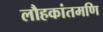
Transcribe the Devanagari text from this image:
लौहकांतमणि